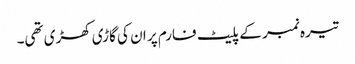
تیرہ نمبر کے پلیٹ فارم پر ان کی گاڑی کھڑی تھی۔